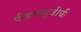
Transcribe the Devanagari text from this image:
पीडब्ल्यूजीची